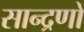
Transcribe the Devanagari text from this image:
सान्द्रणों